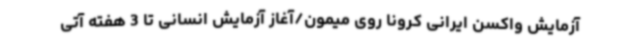
آزمایش واکسن ایرانی کرونا روی میمون/آغاز آزمایش انسانی تا 3 هفته آتی